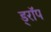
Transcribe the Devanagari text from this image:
ड्राॅप